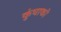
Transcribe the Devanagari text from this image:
कुंचाको